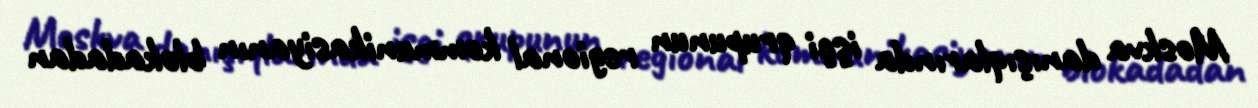
Moskva danışıqlarında işçi qrupunun regional kommunikasiyanın blokadadan